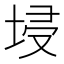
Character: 埐